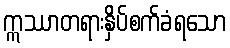
ဣဿာတရားနှိပ်စက်ခံရသော